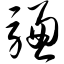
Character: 骢